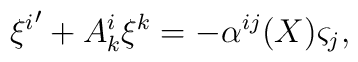
{\xi^i}'+A_k^i\xi^k=-\alpha^{ij}(X)\varsigma_j,